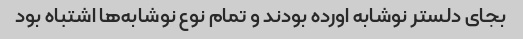
بجای دلستر نوشابه اورده بودند و تمام نوع نوشابه‌ها اشتباه بود